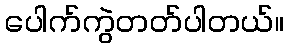
ပေါက်ကွဲတတ်ပါတယ်။